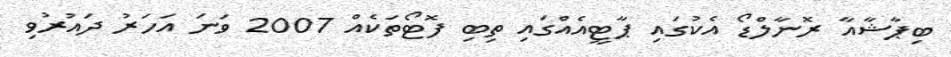
ބިޕާޝާއާ ރޮނާލްޑޯ އެކުގައި ޕާޓީއެއްގައި ތިބި ފޮޓޯތަކެއް 2007 ވަނަ އަހަރު ދައުރުވި